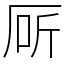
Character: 厛